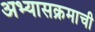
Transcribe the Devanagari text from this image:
अभ्‍यासक्रमाची